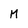
Character: M